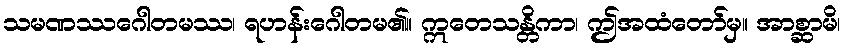
သမဏဿဂေါတမဿ၊ ရဟန်းဂေါတမ၏။ ဣတေသန္တိကာ၊ ဤအထံတော်မှ။ အာစ္ဆာမိ၊